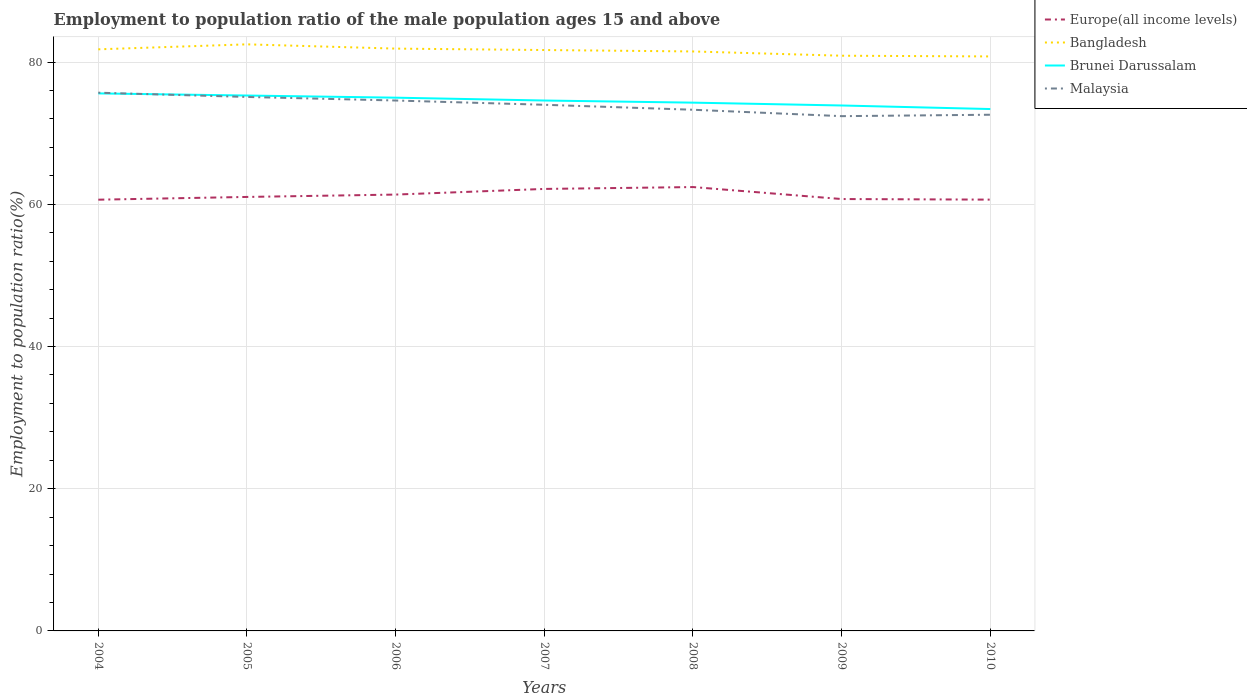
| Years | Europe(all income levels) | Bangladesh | Brunei Darussalam | Malaysia |
 | --- | --- | --- | --- | --- |
 | 2004 | 60.7 | 81.8 | 75.6 | 75.7 |
 | 2005 | 61 | 82.5 | 75.3 | 75.1 |
 | 2006 | 61.4 | 81.9 | 75 | 74.6 |
 | 2007 | 62.2 | 81.7 | 74.6 | 74 |
 | 2008 | 62.4 | 81.5 | 74.3 | 73.3 |
 | 2009 | 60.7 | 80.9 | 73.9 | 72.4 |
 | 2010 | 60.7 | 80.8 | 73.4 | 72.6 |